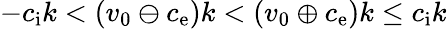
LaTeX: -c_{\mathrm{i}}k<(v_{0}\ominus c_{\mathrm{e}})k<(v_{0}\oplus c_{\mathrm{e}})k\le c_{\mathrm{i}}k